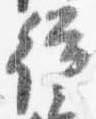
従